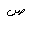
Letter: _sad